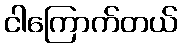
ငါကြောက်တယ်